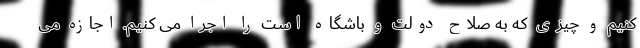
کنیم و چیزی که به صلاح دولت و باشگاه است را اجرا می کنیم. اجازه می